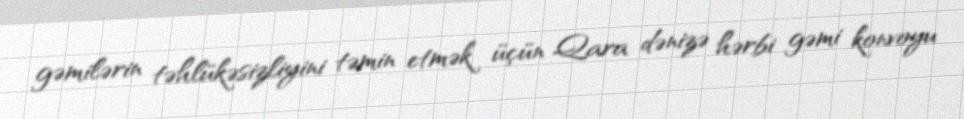
gəmilərin təhlükəsizliyini təmin etmək üçün Qara dənizə hərbi gəmi konvoyu